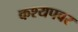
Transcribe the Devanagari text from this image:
कश्यपवर